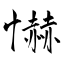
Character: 懗